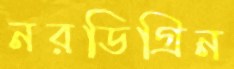
নরডিগ্রিন